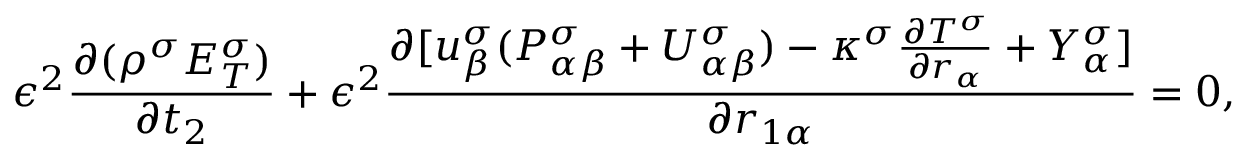
\epsilon ^ { 2 } \frac { \partial ( \rho ^ { \sigma } E _ { T } ^ { \sigma } ) } { \partial t _ { 2 } } + \epsilon ^ { 2 } \frac { \partial [ u _ { \beta } ^ { \sigma } ( P _ { \alpha \beta } ^ { \sigma } + U _ { \alpha \beta } ^ { \sigma } ) - \kappa ^ { \sigma } \frac { \partial T ^ { \sigma } } { \partial r _ { \alpha } } + Y _ { \alpha } ^ { \sigma } ] } { \partial r _ { 1 \alpha } } = 0 ,